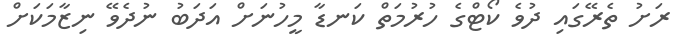
ރަށު ތެރޭގައި ދުވެ ކޯޓްގެ ހުރުމަތް ކަނޑާ މީހުނަށް އަދަބު ނުދެވޭ ނިޒާމަކަށް